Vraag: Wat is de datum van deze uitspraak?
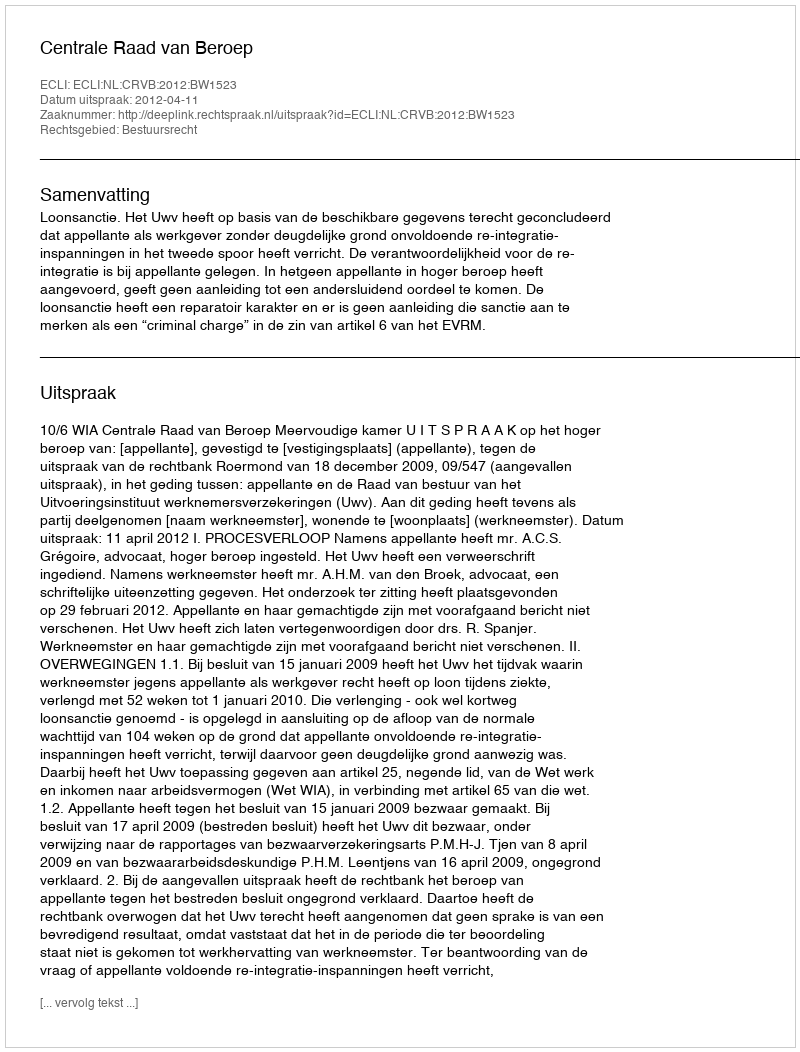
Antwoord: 2012-04-11